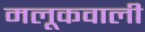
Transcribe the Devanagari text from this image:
मलूकवाली